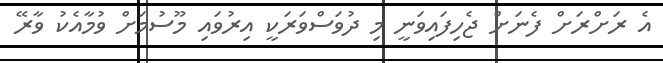
އެ ރަށްރަށް ފެނަށް ޖެހިފައިވަނީ މި ދުވަސްވަރަކީ އިރުވައި މޫސުމަށް ވުމާއެކު ވާރޭ